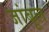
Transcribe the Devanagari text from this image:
जांबूल